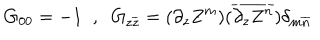
LaTeX: G _ { 0 0 } = - 1 \; \; , \; \; G _ { z \overline { { { z } } } } = ( \partial _ { z } Z ^ { m } ) ( \overline { { { \partial _ { z } Z ^ { n } } } } ) \delta _ { m \overline { { { n } } } }